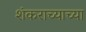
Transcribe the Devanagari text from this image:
शंकराच्याच्या